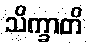
သိက္ခာတိ